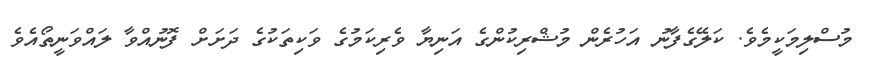
މުސްލިމަކީމެވެ. ކަލޭގެފާނު އަހުރެން މުޝްރިކުންގެ އަނިޔާ ވެރިކަމުގެ ވަކިތަކުގެ ދަށަށް ފޮނުއްވާ ލައްވަނީތޯއެވެ